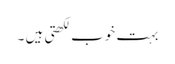
بہت خوب لکھتی ہیں ۔